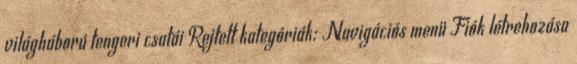
világháború tengeri csatái Rejtett kategóriák: Navigációs menü Fiók létrehozása